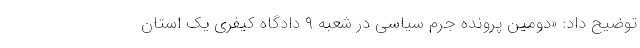
توضیح داد: «دومین پرونده جرم سیاسی در شعبه ۹ دادگاه کیفری یک استان